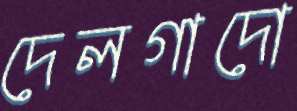
দেলগাদো